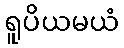
ရူပိယမယံ